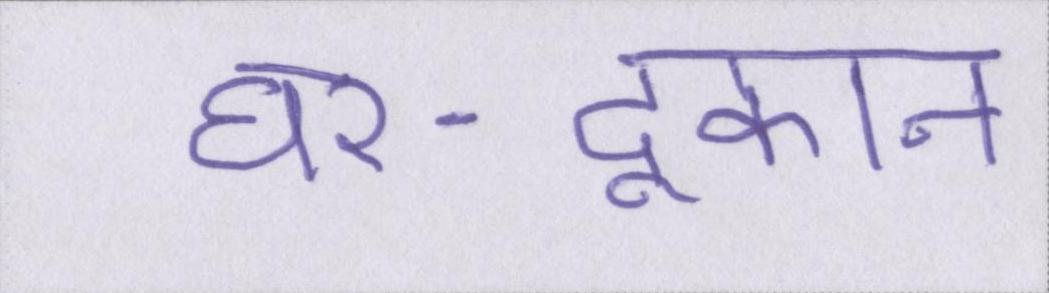
घर-दूकान